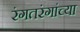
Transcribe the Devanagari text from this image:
रंगतरंगांच्या